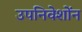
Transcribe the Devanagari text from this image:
उपनिवेशोंन